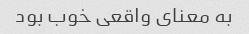
به معنای واقعی خوب بود